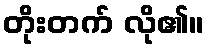
တိုးတက် လို၏။